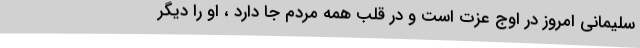
سلیمانی امروز در اوج عزت است و در قلب همه مردم جا دارد ، او را دیگر